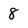
Character: 8